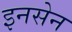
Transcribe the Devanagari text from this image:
इनसेन